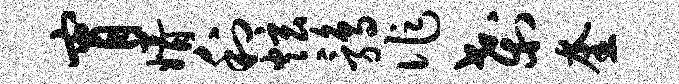
宵婿利炫鹑作刹奎